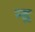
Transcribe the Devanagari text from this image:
न्द्र